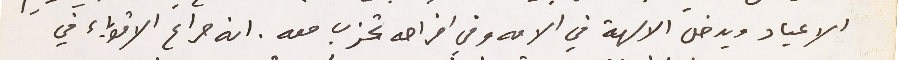
الاعياد ويدخل الالهة في الامه وفي افراحه تحزب معه. انه صراع الأقوياء في